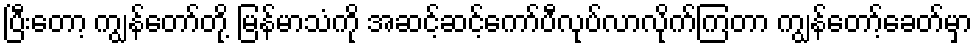
ပြီးတော့ ကျွန်တော်တို့ မြန်မာသံကို အဆင့်ဆင့်ကော်ပီလုပ်လာလိုက်ကြတာ ကျွန်တော့်ခေတ်မှာ